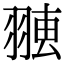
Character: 𦑐